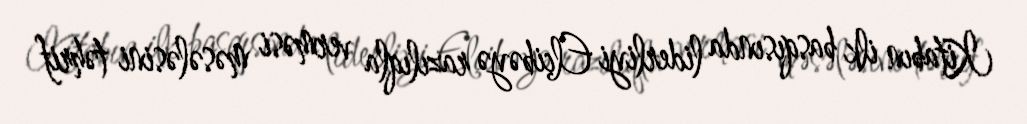
Kitabın ilk basqısında liderliyi Elçibəyə razılıqla verməsi məsələsini təhrif